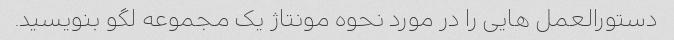
دستورالعمل هایی را در مورد نحوه مونتاژ یک مجموعه لگو بنویسید.